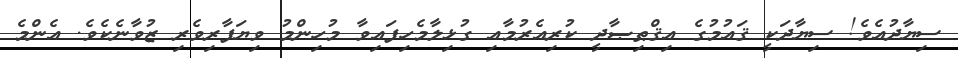
ސިޔާދުއެވެ! ސިޔާދަކީ ޤައުމުގެ އިޤްޠިޞާދީ ކުރިއެރުމާއި ގުޅިލާމެހިފައިވާ މުހިންމު ވިޔަފާރިވެރި ޒުވާނެކެވެ. އެންމެ